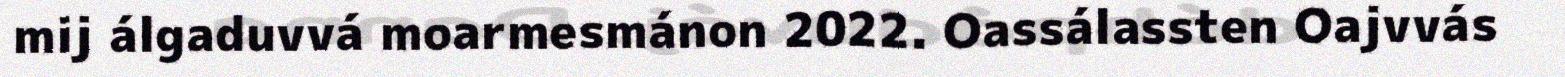
mij álgaduvvá moarmesmánon 2022. Oassálassten Oajvvás